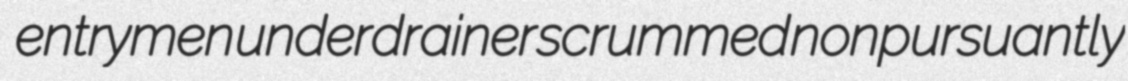
entrymen underdrainer scrummed nonpursuantly